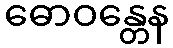
ဓောဝန္တေန